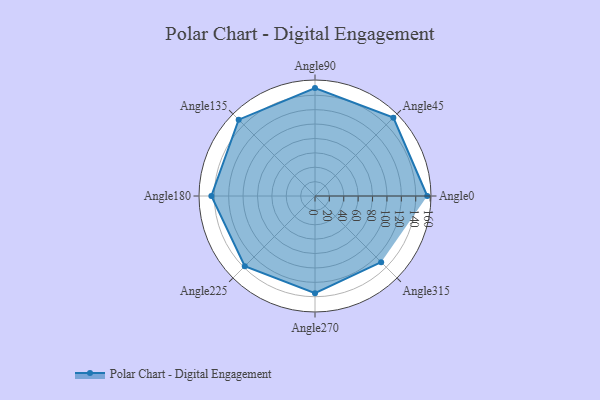
{"axis": {"x": "Angle", "y": "Radius"}, "legend": [""], "data": [{"x": "Angle0", "y": 156.0, "type": ""}, {"x": "Angle45", "y": 154.0, "type": ""}, {"x": "Angle90", "y": 150.0, "type": ""}, {"x": "Angle135", "y": 150.0, "type": ""}, {"x": "Angle180", "y": 144.0, "type": ""}, {"x": "Angle225", "y": 138.0, "type": ""}, {"x": "Angle270", "y": 135.0, "type": ""}, {"x": "Angle315", "y": 130.0, "type": ""}]}